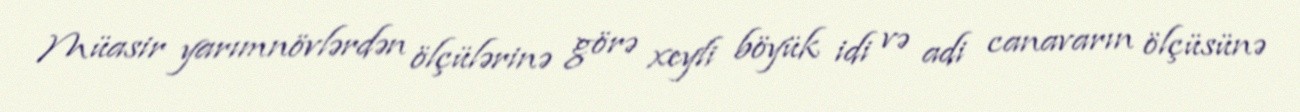
Müasir yarımnövlərdən ölçülərinə görə xeyli böyük idi və adi canavarın ölçüsünə